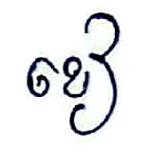
ខៀ